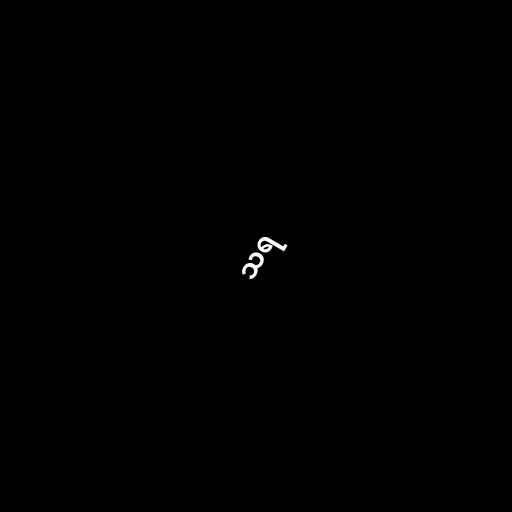
သရ